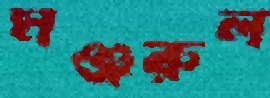
মঞ্জরুল